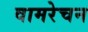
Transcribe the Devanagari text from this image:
वामरेचन